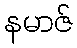
နမာဇ်